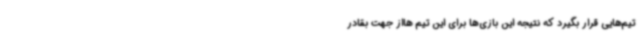
تیم‌هایی قرار بگیرد که نتیجه این بازی‌ها برای این تیم هااز جهت بقادر